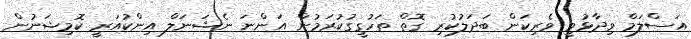
އަސްލަމް ވިދާޅުވީ ވެރިކަން ބަދަލުކުރި ގޮތް ތަހުގީގުކުރަމުން އަންނަ ނެޝަނަލް އިންކުއަރީ ކޮމިޝަނުން